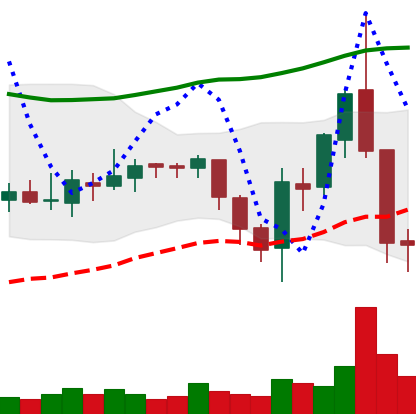
Ticker: ETC-USD
Chart end date: 2018-08-09
Forward return: -22.308%
Label: down_7plus